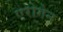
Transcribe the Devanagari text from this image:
एरोगेन